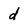
Character: d